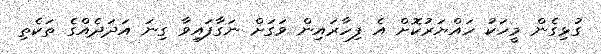
ގުޅިގެން މީހަކު ހައްޔަރުކޮށް އެ ފިހާރައިން ވަގަށް ނަގާފައިވާ ގިނަ އަދަދެއްގެ ތަކެތި